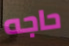
حاجه